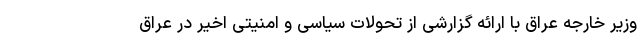
وزیر خارجه عراق با ارائه گزارشی از تحولات سیاسی و امنیتی اخیر در عراق